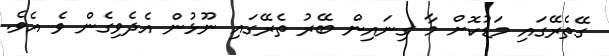
ގޭތެރޭގައި މަޑުކޮށް މާ ގިނައިން ބޭރު ތެރޭގައި ނޫޅުން އެދެވިގެން ވެ އެވެ.